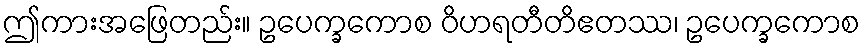
ဤကားအဖြေတည်း။ ဥပေက္ခကောစ ဝိဟရတီတိဧတဿ၊ ဥပေက္ခကောစ